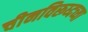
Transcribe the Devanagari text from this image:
चीनविरूध्दच्या